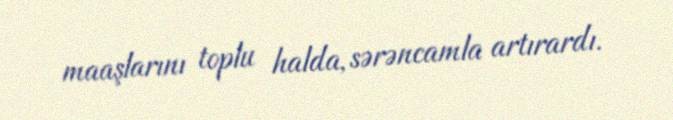
maaşlarını toplu halda, sərəncamla artırardı.